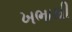
ખભાથી